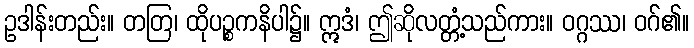
ဥဒါန်းတည်း။ တတြ၊ ထိုပဉ္စကနိပါ၌။ ဣဒံ၊ ဤဆိုလတ္တံ့သည်ကား။ ဝဂ္ဂဿ၊ ဝဂ်၏။